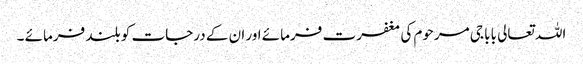
اللہ تعالی بابا جی مرحوم کی مغفرت فرمائے اور ان کے درجات کو بلند فرمائے ۔